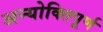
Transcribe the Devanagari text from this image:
अन्योक्तिपूर्ण